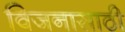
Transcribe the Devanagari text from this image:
विजनासाठी